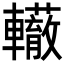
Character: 𨏣